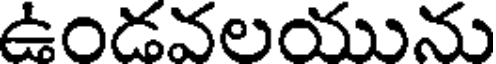
ఉండవలయును